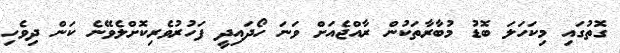
ގޮތުގައި މިކަހަލަ ބޮޑު މުބާރާތަކުން ރާއްޖެއަށް ވަނަ ހޯދައިދީ ފަހުރުވެރިކޮށްލެވޭނެ ކަން ދިވެހި